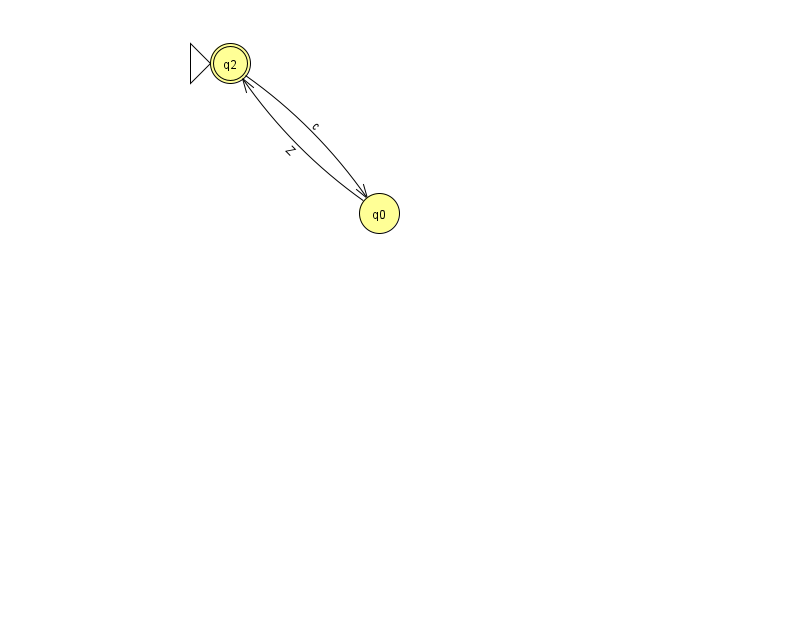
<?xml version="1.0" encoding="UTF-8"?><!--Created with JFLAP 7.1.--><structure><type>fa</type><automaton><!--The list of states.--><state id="0" name="q0"><x>379.0</x><y>200.0</y></state><state id="2" name="q2"><x>230.0</x><y>50.0</y><initial/><final/></state><!--The list of transitions.--><transition><from>2</from><to>0</to><read>c</read></transition><transition><from>0</from><to>2</to><read>Z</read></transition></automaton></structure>